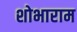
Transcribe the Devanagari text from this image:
शोभाराम